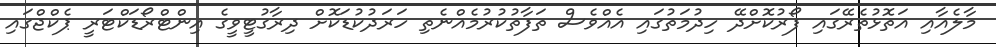
މާލެއާއި އަތޮޅުތެރޭގައި ފޯރުކޮށްދޭ ހިދުމަތުގައި އެއްވެސް ތަފާތުކުރުމެއްނެތި ހަރަދުކުޑަކޮށް ދިރާގުޓީވީގެ އިންޓްރޯޑަކްޓަރީ ޕެކްޖްގައި